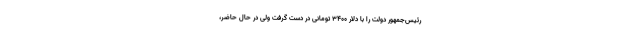
رئیس‌جمهور دولت را با دلار ۳۴۰۰ تومانی در دست گرفت ولی در حال حاضر،